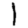
Digit: 1